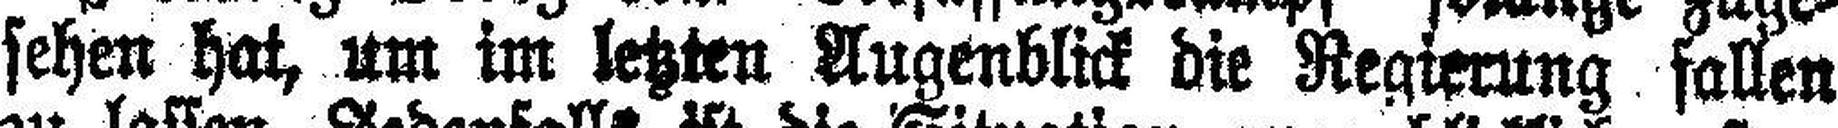
sehen hat, um im letzten Augenblick die Regierung fallen